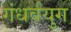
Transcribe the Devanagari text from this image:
गंधर्वयुग